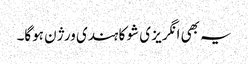
یہ بھی انگریز ی شو کا ہندی ورژن ہوگا۔